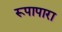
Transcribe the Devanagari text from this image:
रूपापारा